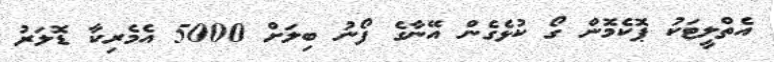
އެތްލީޓަކު ޕޮކެމޮން ގޯ ކުޅެގެން އޭނާގެ ފޯނު ބިލަށް 5000 އެމެރިކާ ޑޮލަރު